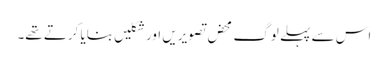
اس سے پہلے لوگ محض تصویریں اور شکلیں بنایا کرتے تھے۔